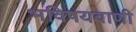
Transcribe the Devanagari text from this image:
भविषयवाणी